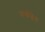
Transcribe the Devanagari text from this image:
कर्णफेर